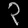
Digit: ၃